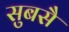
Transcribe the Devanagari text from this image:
सुबसै